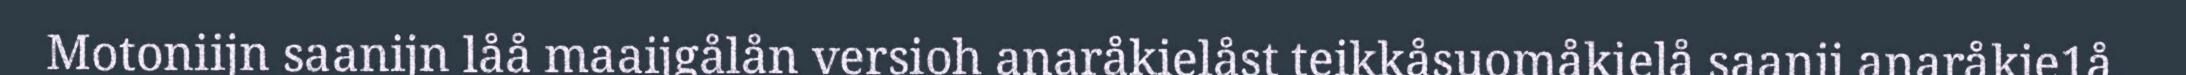
Motoniijn saanijn låå maaijgålån versioh anaråkielåst teikkåsuomåkielå saanij anaråkie1å